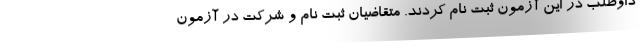
داوطلب در این آزمون ثبت نام کردند. متقاضیان ثبت نام و شرکت در آزمون